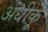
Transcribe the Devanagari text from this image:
अधीकू